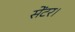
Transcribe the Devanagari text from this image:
सेंटर।